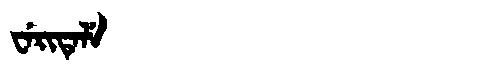
Manchu: ᠸᡝᡵᡳᡨᡝᠯᡝ
Romanization: WERITELE